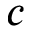
c